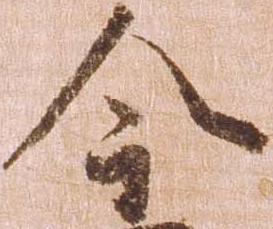
今